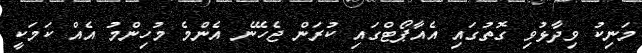
މަނިކު ވިދާޅުވި ގޮތުގައި އެއާޕޯޓްގައި ކުރަން ޖެހޭނެ އެންމެ މުހިންމު އެއް ކަމަކީ